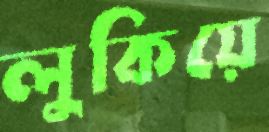
লুকিয়ে